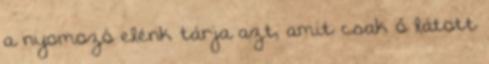
a nyomozó elénk tárja azt, amit csak ő látott